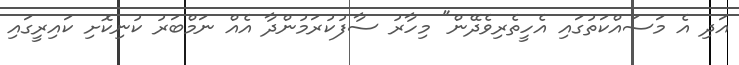
އަދި އެ މަސައްކަތުގައި އެހީތެރިވެދޭން" މިހާރު ސާފުކުރަމުންދާ އެއް ނަމްބަރު ކުނިކޮށި ކައިރީގައި